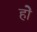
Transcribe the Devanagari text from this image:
होे